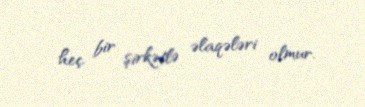
heç bir şirkətlə əlaqələri olmur.